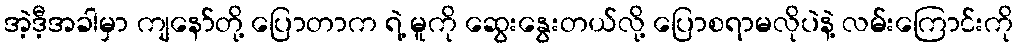
အဲ့ဒီ့အခါမှာ ကျနော်တို့ ပြောတာက ရဲ့ မူကို ဆွေးနွေးတယ်လို့ ပြောစရာမလိုပဲနဲ့ လမ်းကြောင်းကို